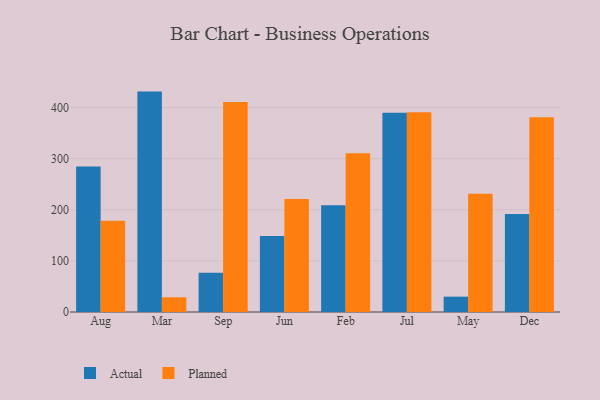
{"axis": {"x": "Month", "y": "Inventory Turnover"}, "legend": ["Actual", "Planned"], "data": [{"x": "Aug", "y": 284.7, "type": "Actual"}, {"x": "Aug", "y": 178.7, "type": "Planned"}, {"x": "Mar", "y": 431.3, "type": "Actual"}, {"x": "Mar", "y": 28.8, "type": "Planned"}, {"x": "Sep", "y": 76.8, "type": "Actual"}, {"x": "Sep", "y": 411.0, "type": "Planned"}, {"x": "Jun", "y": 148.6, "type": "Actual"}, {"x": "Jun", "y": 221.2, "type": "Planned"}, {"x": "Feb", "y": 208.7, "type": "Actual"}, {"x": "Feb", "y": 310.8, "type": "Planned"}, {"x": "Jul", "y": 390.0, "type": "Actual"}, {"x": "Jul", "y": 390.8, "type": "Planned"}, {"x": "May", "y": 30.0, "type": "Actual"}, {"x": "May", "y": 231.3, "type": "Planned"}, {"x": "Dec", "y": 191.7, "type": "Actual"}, {"x": "Dec", "y": 380.9, "type": "Planned"}]}